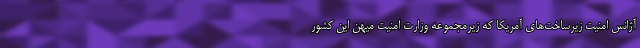
آژانس امنیت زیرساخت‌های آمریکا که زیرمجموعه وزارت امنیت میهن این کشور